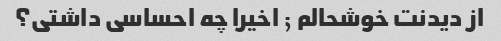
از دیدنت خوشحالم ; اخیرا چه احساسی داشتی؟